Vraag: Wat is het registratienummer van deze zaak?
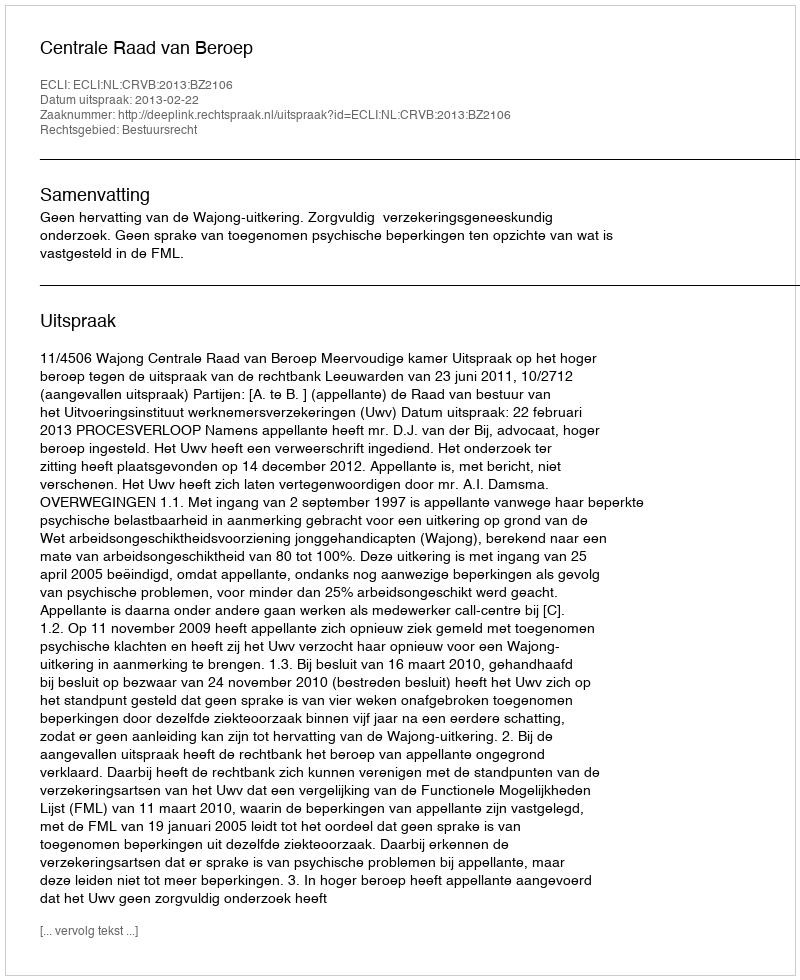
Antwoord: http://deeplink.rechtspraak.nl/uitspraak?id=ECLI:NL:CRVB:2013:BZ2106